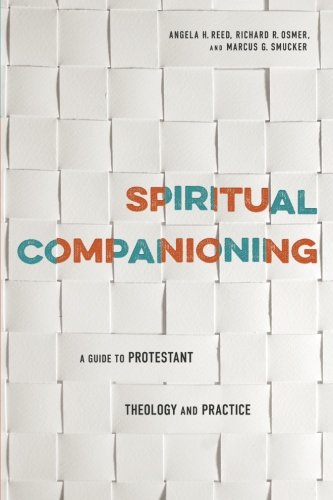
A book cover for Spiritual Companioning: A Guide to Protestant Theology and Practice; Richard R. Osmer; Christian Books & Bibles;